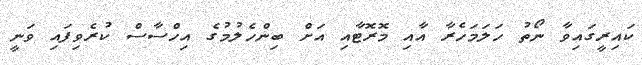
ކައިރީގައިވާ ނޯތު ހަލަމަހެރާ އާއި މޮރޮޓާއި އަށް ބިންހެލުމުގެ އިހްސާސް ކުރެވިފައި ވަނީ